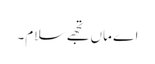
اے ماں تجھے سلام۔